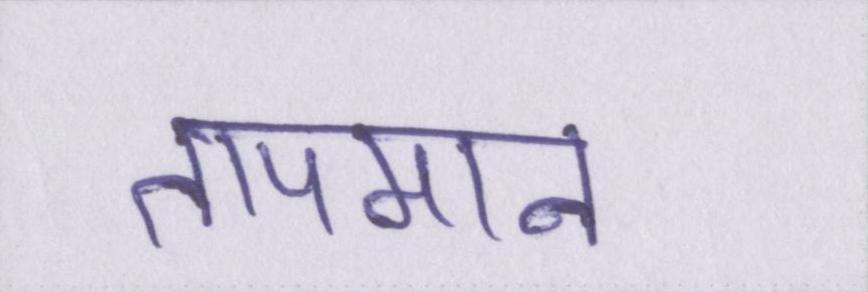
तापमान